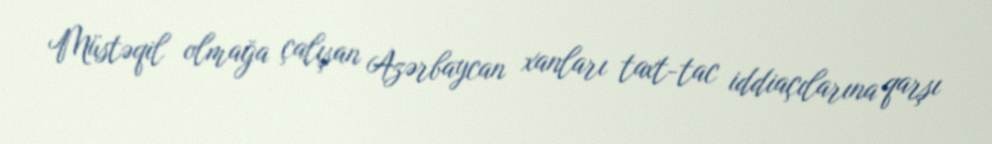
Müstəqil olmağa çalışan Azərbaycan xanları taxt-tac iddiaçılarına qarşı